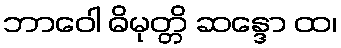
ဘာဝေါ ဓိမုတ္တိ ဆန္ဒော ထ၊